Report on sanitation, dispensaries, and jails in Rajputana for 1912, and on vaccination for the year 1912-1913 - 1912-1913
Year: 1912
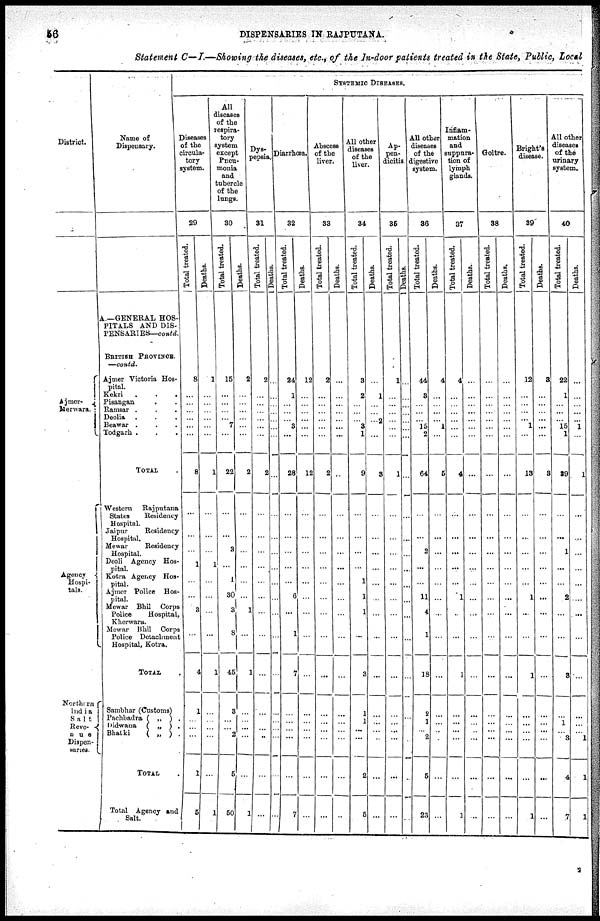
56
DISPENSARIES IN RAJPUTANA.
Statement C—I.—Showing the diseases, etc., of the In-door patients treated in the State, Public, Local
District.
Ajmer-
Merwara.
Agency
Hospi-
tals.
Northern
India
Salt
Reve-
nue
Dispen-
saries.
Name of
Dispensary.
A—GENERAL HOS-
PITALS AND DIS-
PENSARIES—contd.
BRITISH PROVINCE.
—contd.
Ajmer Victoria Hos-
pital.
Kekri . . .
Pisangan . . .
Ramsar . . .
Deolia . . .
Beawar . . . .
Todgarh . . .
TOTAL .
Western
Rajputana
States
Residency
Hospital.
Jaipur
Residency
Hospital.
Mewar
Residency
Hospital.
Deoli Agency Hos-
pital.
Kotra Agency Hos-
pital.
Ajmer Police Hos-
pital.
Mewar Bhil Corps
Police
Hospital,
Kherwara.
Mewar Bhil Corps
Police Detachment
Hospital, Kotra.
TOTAL .
Sambhar (Customs)
Pachbadra ( „ ) .
Didwana ( „ ) .
Bhatki
( „ ) .
TOTAL .
Total Agency and
Salt.
SYSTEMIC DISEASES.
Diseases
of the
circula-
tory
system.
29
Total treated.
8
...
...
...
...
...
...
8
...
...
...
1
...
...
3
...
4
1
...
...
...
1
5
Deaths.
1
...
...
...
...
...
...
1
...
...
...
1
...
...
...
...
1
...
...
...
...
...
1
All
diseases
of the
respira-
tory
system
except
Pneu-
monia
and
tubercle
of the
lunge.
30
Total treated.
15
...
...
...
...
7
...
22
...
...
3
...
1
30
3
8
45
3
...
...
2
5
50
Deaths.
2
...
...
...
...
...
...
2
...
...
...
...
...
...
1
...
1
...
...
...
...
...
1
Dys-
pepsia.
31
Total treated.
2
...
...
...
...
...
...
2
...
...
...
...
...
...
...
...
...
...
...
...
..
...
...
Deaths.
...
...
...
...
...
...
...
...
...
...
...
...
...
...
...
...
...
...
...
...
...
...
...
Diarrhœa.
32
Total treated.
24
1
...
...
...
3
...
28
...
...
...
...
...
6
...
1
7
...
...
...
...
...
7
Deaths.
12
...
...
...
...
...
...
12
...
...
...
...
...
...
...
...
...
...
...
...
...
...
...
Abscess
of the
liver.
33
Total treated.
2
...
...
...
...
...
...
2
...
...
...
...
...
...
...
...
...
...
...
...
...
...
...
Deaths.
...
...
...
...
...
...
...
...
...
...
...
...
...
...
...
...
...
...
...
...
...
...
...
All other
diseases
of the
liver.
34
Total treated.
3
2
...
...
...
3
1
9
...
...
...
...
1
1
1
...
3
1
1
...
...
2
5
Deaths.
...
1
...
...
...
2
...
3
...
...
...
...
...
...
...
...
...
...
...
...
...
...
...
Ap-
pen-
dicitis
35
Total treated.
1
...
...
...
...
...
...
1
...
...
...
...
...
...
...
...
...
...
...
...
...
...
...
Deaths.
...
...
...
...
...
...
...
...
...
...
...
...
...
...
...
...
...
...
...
...
...
...
...
All other
diseases
of the
digestive
system.
36
Total treated.
44
3
...
...
...
15
2
64
...
...
2
...
...
11
4
1
18
2
1
...
2
5
23
Deaths.
4
...
...
...
...
1
...
5
...
...
...
...
...
...
...
...
...
...
...
...
...
...
...
Inflam-
mation
and
suppura-
tion of
lymph
glands.
37
Total treated.
4
...
...
...
...
...
...
4
...
...
...
...
...
1
...
...
1
...
...
...
...
...
1
Deaths.
...
...
...
...
...
...
...
...
...
...
...
...
...
...
...
...
...
...
...
...
...
...
...
Goitre.
38
Total treated.
...
...
...
...
...
...
...
...
...
...
...
...
...
...
...
...
...
...
...
...
...
...
...
Deaths.
...
...
...
...
...
...
...
...
...
...
...
...
...
...
...
...
...
...
...
...
...
...
...
Bright's
disease.
39
Total treated.
12
...
...
...
...
1
...
13
...
...
...
...
...
1
...
...
1
...
...
...
...
...
1
Deaths.
3
...
...
...
...
...
...
3
...
...
...
...
...
...
...
...
...
...
...
...
...
...
...
All other
diseases
of the
urinary
system.
40
Total treated.
22
1
...
...
...
15
1
39
...
...
1
...
...
2
...
...
3
...
1
...
3
4
7
Deaths.
...
...
...
...
...
1
...
1
...
...
...
...
...
...
...
...
...
...
...
...
1
1
1